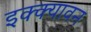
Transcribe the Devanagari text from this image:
इक्क्यावन